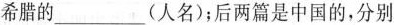
希腊的___(人名)；后两篇是中国的，分别